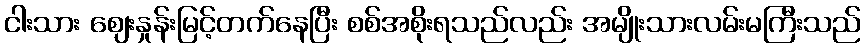
ငါးသား ဈေးနှုန်းမြင့်တက်နေပြီး စစ်အစိုးရသည်လည်း အမျိုးသားလမ်းမကြီးသည်